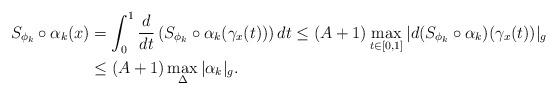
LaTeX: \begin{align*} S_{\phi_k}\circ\alpha_k(x) &=\int_{0}^{1}\frac{d}{dt}\left(S_{\phi_k}\circ\alpha_k(\gamma_{x}(t))\right)dt\leq (A+1)\max_{t\in [0,1]}|d(S_{\phi_k}\circ\alpha_k)(\gamma_x(t))|_g\\&\leq (A+1)\max_{\Delta}|\alpha_k|_g.\end{align*}